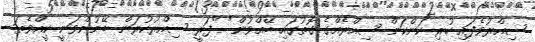
ސިއްރުވެފައި ހުރި ކަންކަން ސިއްރެއްގެ ގޮތުގައި ބޭއްވުން" "ފަރީ ސިއްރުކުރަން ބޭނުންވަނީ ކީއްވެތަ